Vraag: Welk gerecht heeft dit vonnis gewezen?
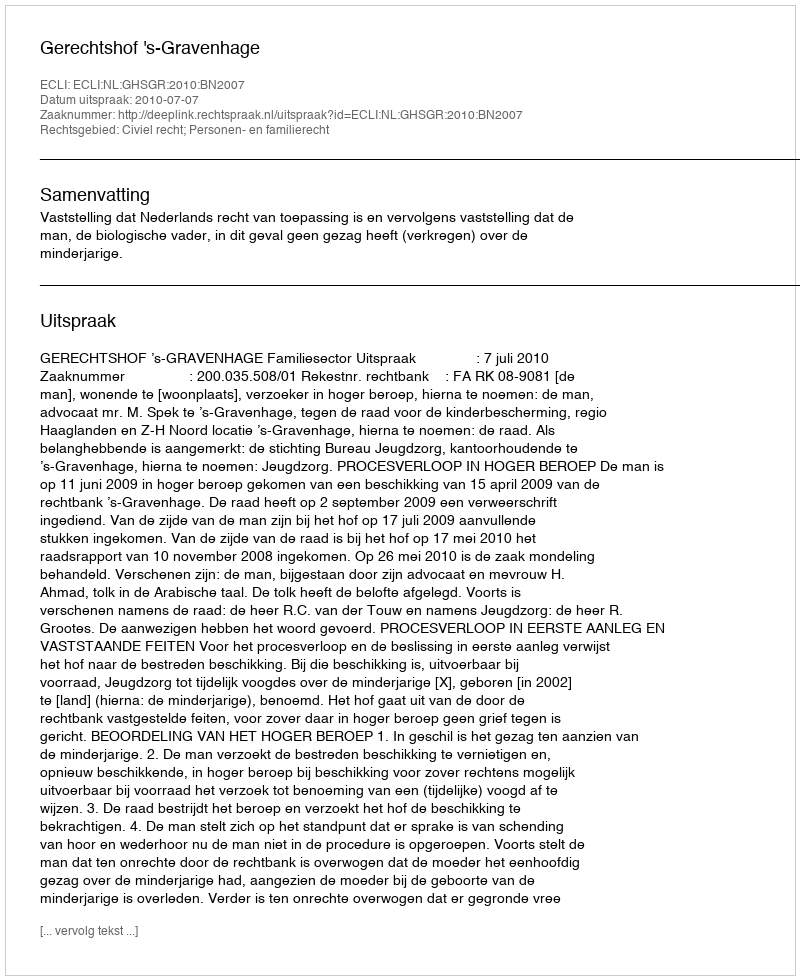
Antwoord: Gerechtshof 's-Gravenhage